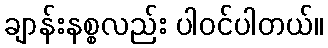
ချာန်းနစ္စလည်း ပါဝင်ပါတယ်။